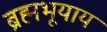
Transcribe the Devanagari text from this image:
ब्रह्मभूयाय